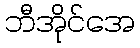
ဘီအိုင်အေ